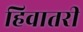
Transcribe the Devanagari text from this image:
हिवातरी